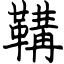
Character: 鞲